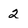
Character: 2